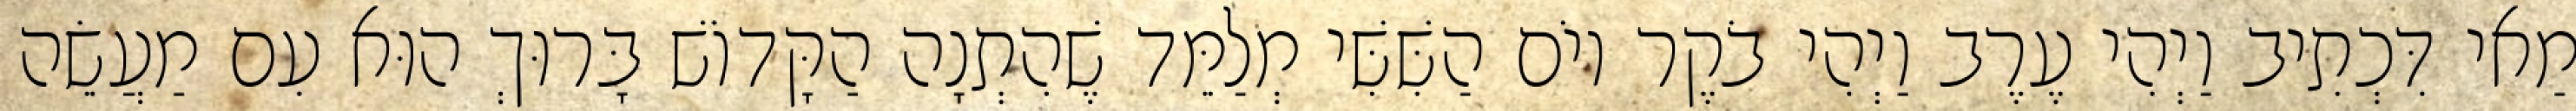
מַאי דִּכְתִיב וַיְהִי עֶרֶב וַיְהִי בֹקֶר יוֹם הַשִּׁשִּׁי מְלַמֵּד שֶׁהִתְנָה הַקָּדוֹשׁ בָּרוּךְ הוּא עִם מַעֲשֵׂה